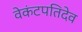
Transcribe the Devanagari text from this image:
वेकंटपतिदेव